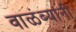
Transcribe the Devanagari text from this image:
वाळंब्यांनी